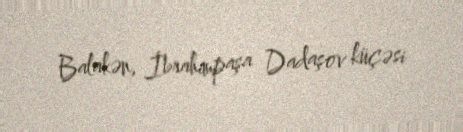
Balakən, İbrahimpaşa Dadaşov küçəsi